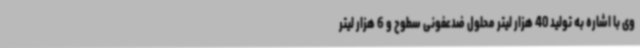
وی با اشاره به تولید 40 هزار لیتر محلول ضدعفونی سطوح و 6 هزار لیتر